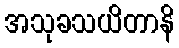
အသုခသယိတာနိ